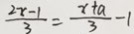
\frac { 2 x - 1 } { 3 } = \frac { x + a } { 3 } - 1